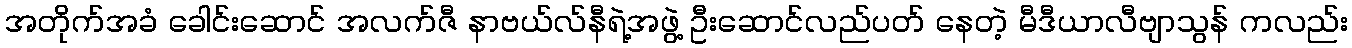
အတိုက်အခံ ခေါင်းဆောင် အလက်ဇီ နာဗယ်လ်နီရဲ့အဖွဲ့ ဦးဆောင်လည်ပတ် နေတဲ့ မီဒီယာလီဗျာသွန် ကလည်း